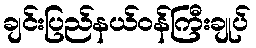
ချင်းပြည်နယ်ဝန်ကြီးချုပ်